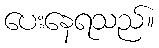
ပေးနေရသည်။